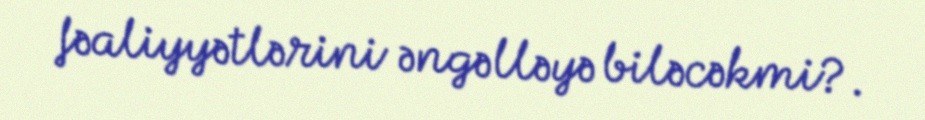
fəaliyyətlərini əngəlləyə biləcəkmi?.